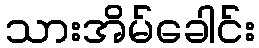
သားအိမ်ခေါင်း